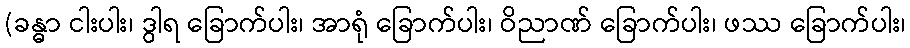
(ခန္ဓာ ငါးပါး၊ ဒွါရ ခြောက်ပါး၊ အာရုံ ခြောက်ပါး၊ ဝိညာဏ် ခြောက်ပါး၊ ဖဿ ခြောက်ပါး၊